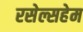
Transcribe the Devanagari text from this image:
रसेल्सहेम